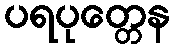
ပရပုတ္တေန